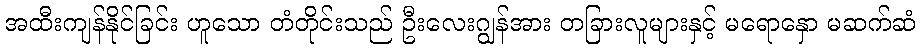
အထီးကျန်နိုင်ခြင်း ဟူသော တံတိုင်းသည် ဦးလေးဂျွန်အား တခြားလူများနှင့် မရောနှော မဆက်ဆံ